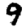
Digit: 9